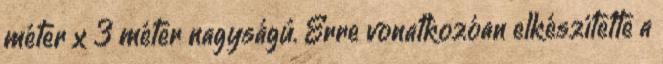
méter x 3 méter nagyságú. Erre vonatkozóan elkészítette a